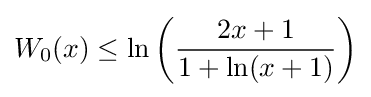
W_{0}(x)\leq \ln \left({\frac {2x+1}{1+\ln(x+1)}}\right)